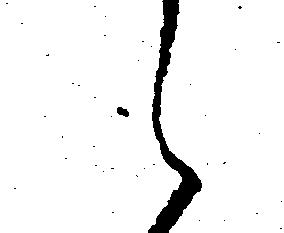
え